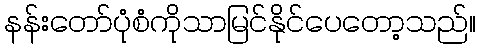
နန်းတော်ပုံစံကိုသာမြင်နိုင်ပေတော့သည်။